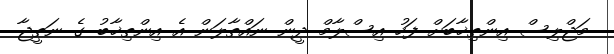
މަޖްލިސް އިންތިޚާބަށް ފަހު އިސްލާމް ދީން ނައްތާލަން އެ އިންތިޚާބު ގެ ނަތީޖާ